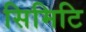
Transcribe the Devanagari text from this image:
सिमिटि